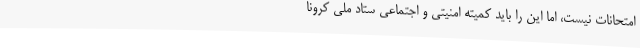
امتحانات نیست، اما این را باید کمیته امنیتی و اجتماعی ستاد ملی کرونا